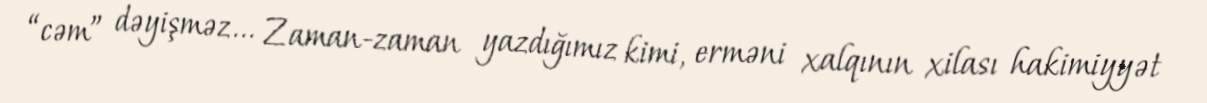
“cəm” dəyişməz... Zaman-zaman yazdığımız kimi, erməni xalqının xilası hakimiyyət